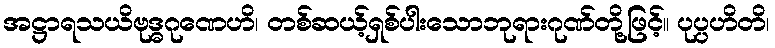
အဋ္ဌာရသယိဗုဒ္ဓဂုဏေဟိ၊ တစ်ဆယ့်ရှစ်ပါးသောဘုရားဂုဏ်တို့ဖြင့်။ ပုပ္ပဟိတိ၊